Vaccination North-Western Provinces 1866-1877 - 1866-1877
Year: 1866
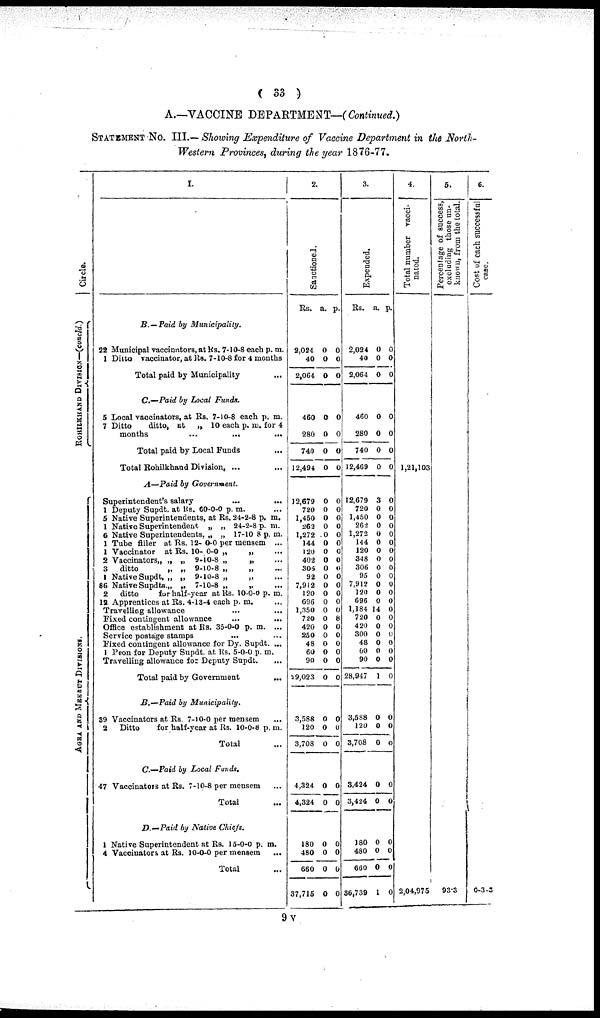
( 33 )
A.—VACCINE DEPARTMENT—( Continued.)
STATEMENT No. III.— Showing Expenditure of Vaccine Department in the North¬
Western Provinces, during the year 1876-77.
Circle.
ROHILKHAND DIVISION—(concld.)
AGRA AND MEERUT DIVISIONS.
1.
B. — Paid by
Municipality.
22 Municipal vaccinators, at Rs. 7-10-8 each p. m.
1 Ditto vaccinator, at Rs. 7-10-8 for 4 months
Total paid by Municipality
C.—Paid by Local
Funds.
5 Local vaccinators, at Rs. 7-10-8 each p. m.
7 Ditto
ditto, at
„ 10 each p. m. for 4
months
...
...
...
Total paid by Local Funds ...
Total Rohilkhand Division, ...
A—Paid by
Government.
Superintendent's salary ...
1 Deputy Supdt. at Rs. 60-0-0 p. m.
5 Native Superintendents, at Rs. 24-2-8 p. m.
1 Native Superintendent
„ „ 24-2-8 p. m.
6 Native Superintendents, „ „ 17-10 8 p. m.
1 Tube filler at Rs. 12- 0-0 per mensem ...
1 Vaccinator
at Rs. 10- 0-0 „
„ ...
2 Vaccinators„ „ „ 9-10-8 „
„ ...
3
ditto
„ „ 9-10-8 „
„ ...
1 Native Supdt, „ „
9-10-8 „
„ ...
86 Native Supdts.„ „ 7-10-8 „
„ ...
2
ditto
for half-year at Rs. 10-0-0 p. m.
12 Apprentices at Rs. 4-13-4 each p. m.
Travelling allowance ... ...
Fixed contingent allowance ... ...
Office establishment at Rs. 35-0-0 p. m. ...
Service postage stamps ... ...
Fixed contingent allowance for Dy. Supdt. ...
1 Peon for Deputy Supdt. at Rs. 5-0-0 p. m.
Travelling allowance for Deputy Supdt. ...
Total paid by Government
...
B.—Paid
by
Municipality.
39 Vaccinators at Rs. 7-10-0 per mensem
2
Ditto
for half-year at Rs. 10-0-8 p. m.
Total ...
C.—Paid by Local
Funds,
47 Vaccinators at Rs. 7-10-8 per mensem ...
Total ...
D.—Paid
by Native
Chiefs.
1 Native Superintendent at Rs. 16-0-0 p. m.
4 Vaccinators at Rs. 10-0-0 per mensem ...
Total ...
2.
Sanctioned.
Rs.
2,024
40
2,064
460
280
740
12,494
12,679
720
1,450
262
1,272
144
120
402
306
92
7,912
120
696
1,350
720
420
250
48
60
90
29,023
3,588
120
3,708
4,324
4,324
180
480
660
37,715
a.
0
0
0
0
0
0
0
0
0
0
0
0
0
0
0
0
0
0
0
0
0
0
0
0
0
0
0
0
0
0
0
0
0
0
0
0
0
p.
0
0
0
0
0
0
0
0
0
0
0
0
0
0
0
0
0
0
0
0
0
8
0
0
0
0
0
0
0
0
0
0
0
0
0
0
0
3.
Expended.
Rs.
2,024
40
2,064
460
280
740
12,469
12,679
720
1,450
262
1,272
144
120
348
306
95
7,912
120
696
1,184
720
420
300
48
60
90
28,947
3,588
120
3,708
3,424
3,424
180
480
660
36,739
a.
0
0
0
0
0
0
0
3
0
0
0
0
0
0
0
0
0
0
0
0
14
0
0
0
0
0
0
1
0
0
0
0
0
0
0
0
1
p.
0
0
0
0
0
0
0
0
0
0
0
0
0
0
0
0
0
0
0
0
0
0
0
0
0
0
0
0
0
0
0
0
0
0
0
0
0
4.
Total number vacci-
nated.
1,21,103
2,04,975
5.
Percentage of success,
excluding those un-
known, from the total.
93.3
6.
Cost of each successful
0 3 3
9V